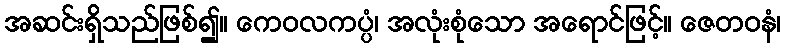
အဆင်းရှိသည်ဖြစ်၍။ ကေဝလကပ္ပံ၊ အလုံးစုံသော အရောင်ဖြင့်။ ဇေတဝနံ၊